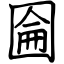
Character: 圇